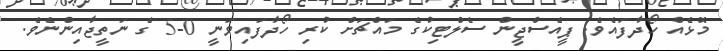
މޮޅެއް ހޯދާފައެވެ. ޕީއެސްޖީން ސެލްޓިކުގެ މައްޗަށް ކުރި ހޯދާފައިވަނީ 0-5 ގެ ނަތީޖާއިންނެވެ.